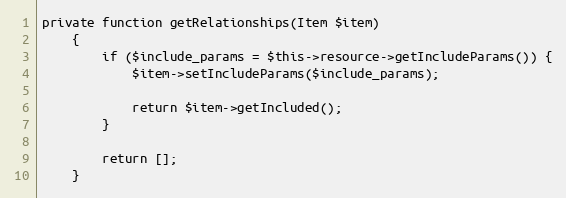
Language: PHP
private function getRelationships(Item $item)
    {
        if ($include_params = $this->resource->getIncludeParams()) {
            $item->setIncludeParams($include_params);

            return $item->getIncluded();
        }

        return [];
    }